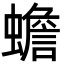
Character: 蟾